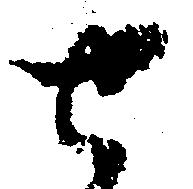
せ